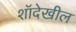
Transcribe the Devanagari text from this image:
शॉदेखील